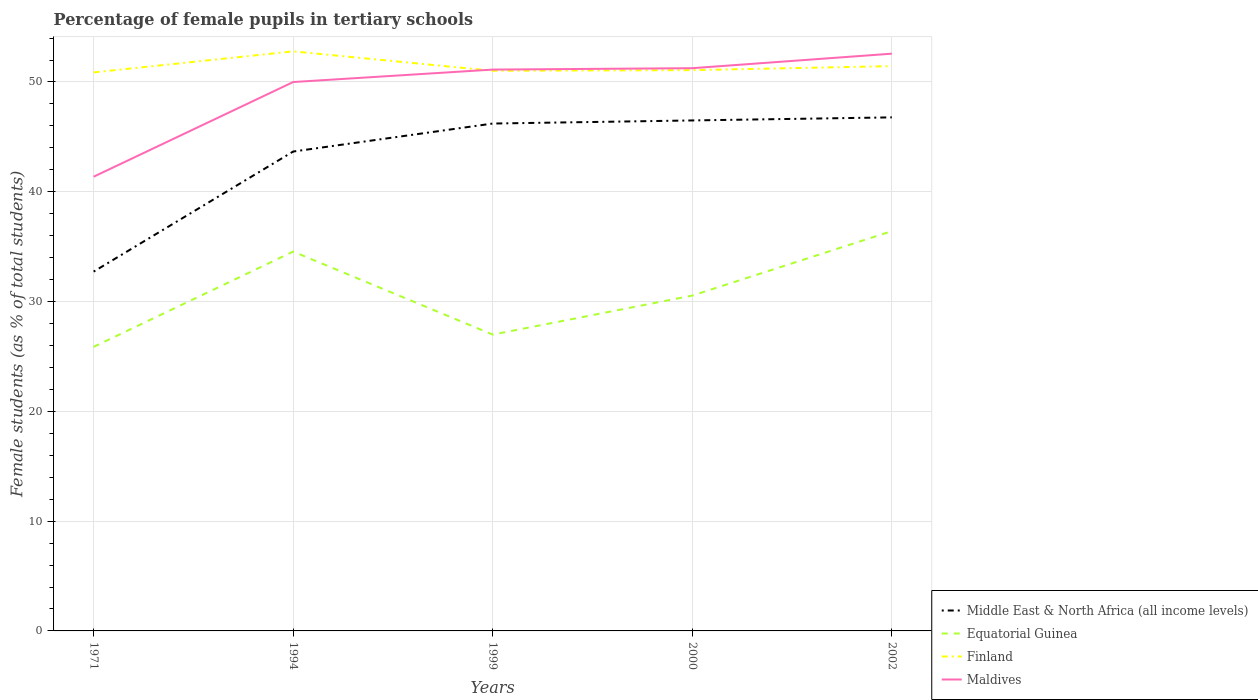
| Years | Middle East & North Africa (all income levels) | Equatorial Guinea | Finland | Maldives |
 | --- | --- | --- | --- | --- |
 | 1971 | 32.7 | 25.9 | 50.9 | 41.4 |
 | 1994 | 43.7 | 34.6 | 52.8 | 50 |
 | 1999 | 46.2 | 27 | 51 | 51.1 |
 | 2000 | 46.5 | 30.5 | 51.1 | 51.3 |
 | 2002 | 46.8 | 36.4 | 51.4 | 52.6 |